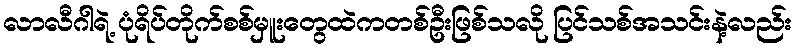
လာလီဂါရဲ့ ပုံရိပ်တိုက်စစ်မှူးတွေထဲကတစ်ဦးဖြစ်သလို ပြင်သစ်အသင်းနဲ့လည်း